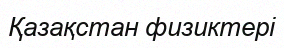
Қазақстан физиктері